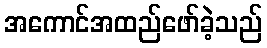
အကောင်အထည်ဖော်ခဲ့သည်